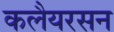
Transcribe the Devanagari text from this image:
कलैयरसन